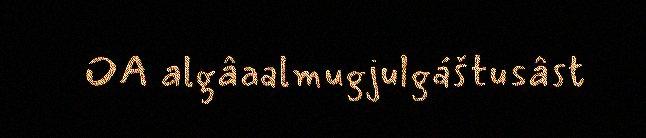
OA algâaalmugjulgáštusâst